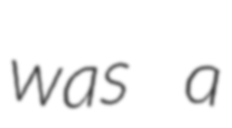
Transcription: was a